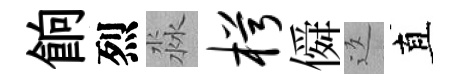
餉烈淼枵僢返直